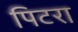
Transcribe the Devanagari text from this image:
पिटरा